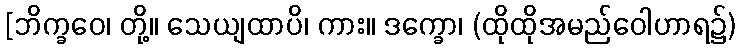
[ဘိက္ခဝေ၊ တို့။ သေယျထာပိ၊ ကား။ ဒက္ခော၊ (ထိုထိုအမည်ဝေါဟာရ၌)